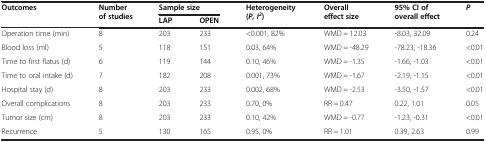
| Outcomes | Number of studies | <COLSPAN=2> Sample size | Heterogeneity (P, I2) | Overall effect size | 95% CI of overall effect | P |
 |  |  | LAP | OPEN |  |  |  |  |
 | --- | --- | --- | --- | --- | --- | --- | --- |
 | Operation time (min) | 8 | 203 | 233 | <0.001, 82% | WMD = 12.03 | -8.03, 32.09 | 0.24 |
 | Blood loss (ml) | 5 | 118 | 151 | 0.03, 64% | WMD = -48.29 | -78.23, -18.36 | <0.01 |
 | Time to first flatus (d) | 6 | 119 | 144 | 0.10, 46% | WMD = -1.35 | -1.66, -1.03 | <0.01 |
 | Time to oral intake (d) | 7 | 182 | 208 | 0.001, 73% | WMD = -1.67 | -2.19, -1.15 | <0.01 |
 | Hospital stay (d) | 8 | 203 | 233 | 0.002, 68% | WMD = -2.53 | -3.50, -1.57 | <0.01 |
 | Overall complications | 8 | 203 | 233 | 0.70, 0% | RR = 0.47 | 0.22, 1.01 | 0.05 |
 | Tumor size (cm) | 8 | 203 | 233 | 0.10, 42% | WMD = -0.77 | -1.23, -0.31 | <0.01 |
 | Recurrence | 5 | 130 | 165 | 0.95, 0% | RR = 1.01 | 0.39, 2.63 | 0.99 |